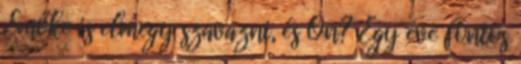
Emőke is elmegy szavazni, és Ön? Egy éve fontos